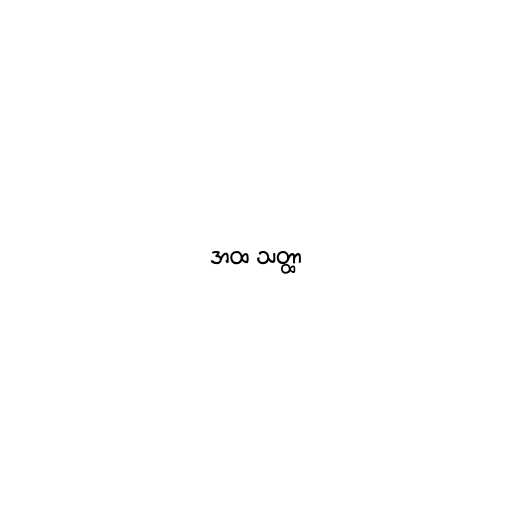
အထ သတ္ထာ